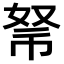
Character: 𢃂